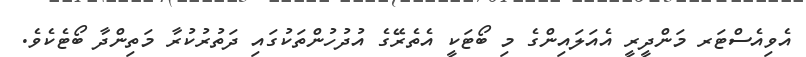
އެވިއެސްޓަރ މަންދީރީ އެއަލައިންގެ މި ބޯޓަކީ އެތެރޭގެ އުދުހުންތަކުގައި ދަތުރުކުރާ މަތިންދާ ބޯޓެކެވެ.